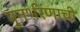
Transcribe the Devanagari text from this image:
पुनर्भरणाची